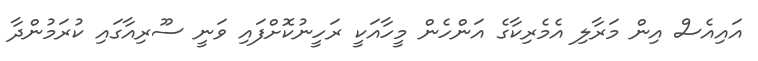
އައިއެސް އިން މަރާލި އެމެރިކާގެ އަންހެން މީހާއަކީ ރަހީނުކޮށްފައި ވަނީ ސޫރިއާގައި ކުރަމުންދާ